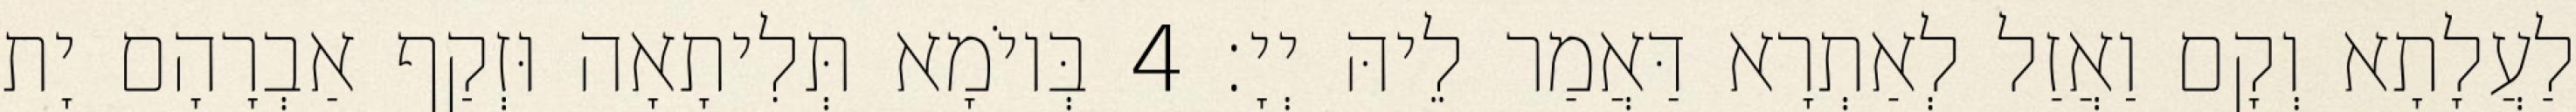
לַעֲלָתָא וְקָם וַאֲזַל לְאַתְרָא דַּאֲמַר לֵיהּ יְיָ׃ 4 בְּיוֹמָא תְּלִיתָאָה וּזְקַף אַבְרָהָם יָת